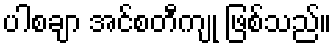
ပါစချာ အင်စတီကျု ဖြစ်သည်။